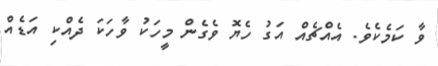
ވާ ކަމެކެވެ. އެއްޗެއް އަގު ހެޔޮ ވެގެން މީހަކު ވާހަކަ ދެއްކި އަޑެއް